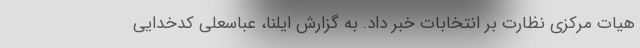
هیات مرکزی نظارت بر انتخابات خبر داد. به گزارش ایلنا، عباسعلی کدخدایی